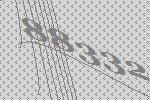
88332